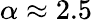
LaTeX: \alpha\approx 2.5